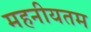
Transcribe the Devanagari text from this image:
महनीयतम